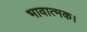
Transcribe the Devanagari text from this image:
भावात्मक।